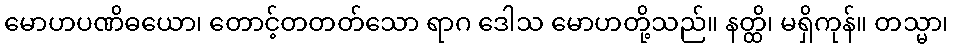
မောဟပဏိဓယော၊ တောင့်တတတ်သော ရာဂ ဒေါသ မောဟတို့သည်။ နတ္ထိ၊ မရှိကုန်။ တသ္မာ၊